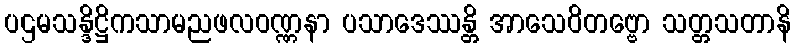
ပဌမသန္ဒိဋ္ဌိကသာမညဖလဝဏ္ဏနာ ပသာဒေဿန္တိ အာသေဝိတဗ္ဗော သတ္တသတာနိ